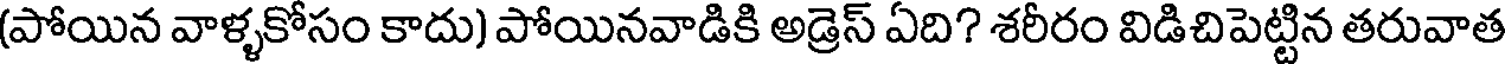
(పోయిన వాళ్ళకోసం కాదు) పోయినవాడికి అడ్రెస్ ఏది? శరీరం విడిచిపెట్టిన తరువాత